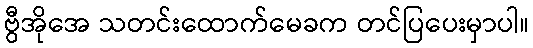
ဗွီအိုအေ သတင်းထောက်မေခက တင်ပြပေးမှာပါ။